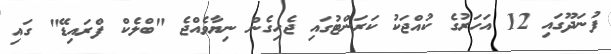
ފުނަދޫގައި 12 އަހަރުގެ ކުއްޖަކު ކަރަންޓުގައި ޖެހިގެން ނިޔާވެއްޖެ "ބްލެކް ފްރައިޑޭ" ގައި